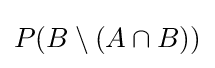
P(B\setminus (A\cap B))